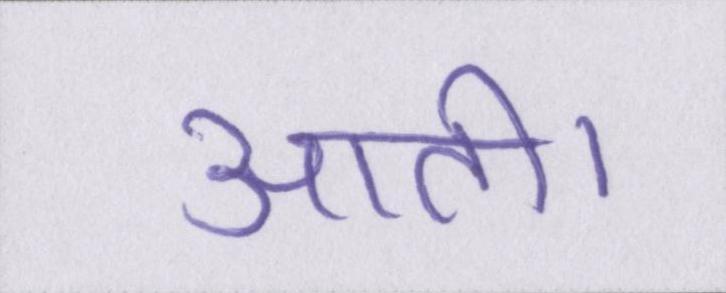
आती।